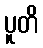
ပူတိ